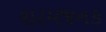
શરમજનક